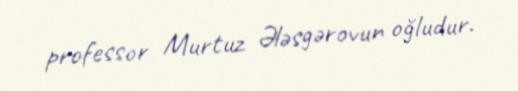
professor Murtuz Ələsgərovun oğludur.